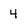
Character: 4